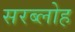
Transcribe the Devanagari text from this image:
सरब्लोह